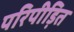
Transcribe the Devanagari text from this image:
परिपीड़ित